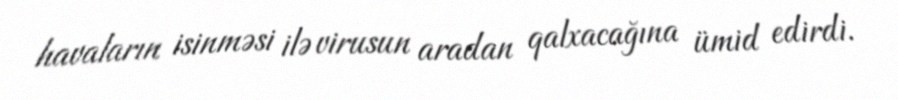
havaların isinməsi ilə virusun aradan qalxacağına ümid edirdi.